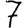
Digit: 7